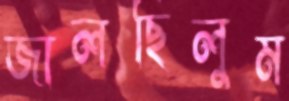
জালছিলুম